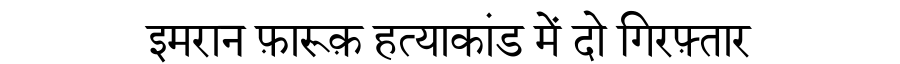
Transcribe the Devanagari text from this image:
इमरान फ़ारूक़ हत्याकांड में दो गिरफ़्तार